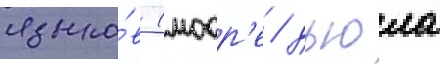
языко́в (моор'е / дьюла